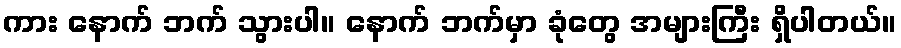
ကား နောက် ဘက် သွားပါ။ နောက် ဘက်မှာ ခုံတွေ အများကြီး ရှိပါတယ်။